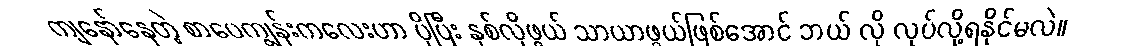
ကျနော်နေတဲ့ စာပေကျွန်းကလေးဟာ ပိုပြီး နှစ်လိုဖွယ် သာယာဖွယ်ဖြစ်အောင် ဘယ် လို လုပ်လို့ရနိုင်မလဲ။